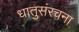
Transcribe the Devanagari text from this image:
धातुसंरचना